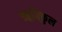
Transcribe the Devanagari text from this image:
ॠषिकुल